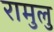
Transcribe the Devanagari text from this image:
रामुलु